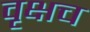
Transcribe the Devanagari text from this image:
वृक्षच